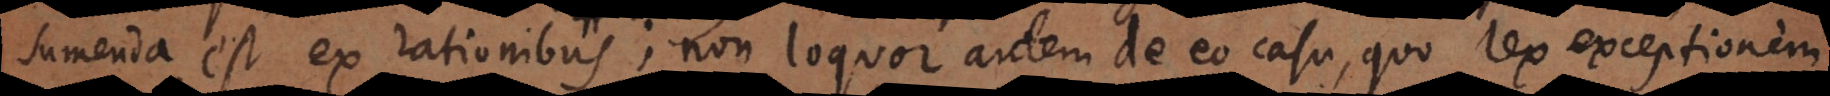
sumenda est ex rationibus,; non loquor autem de eo casu, quo lex exceptionem